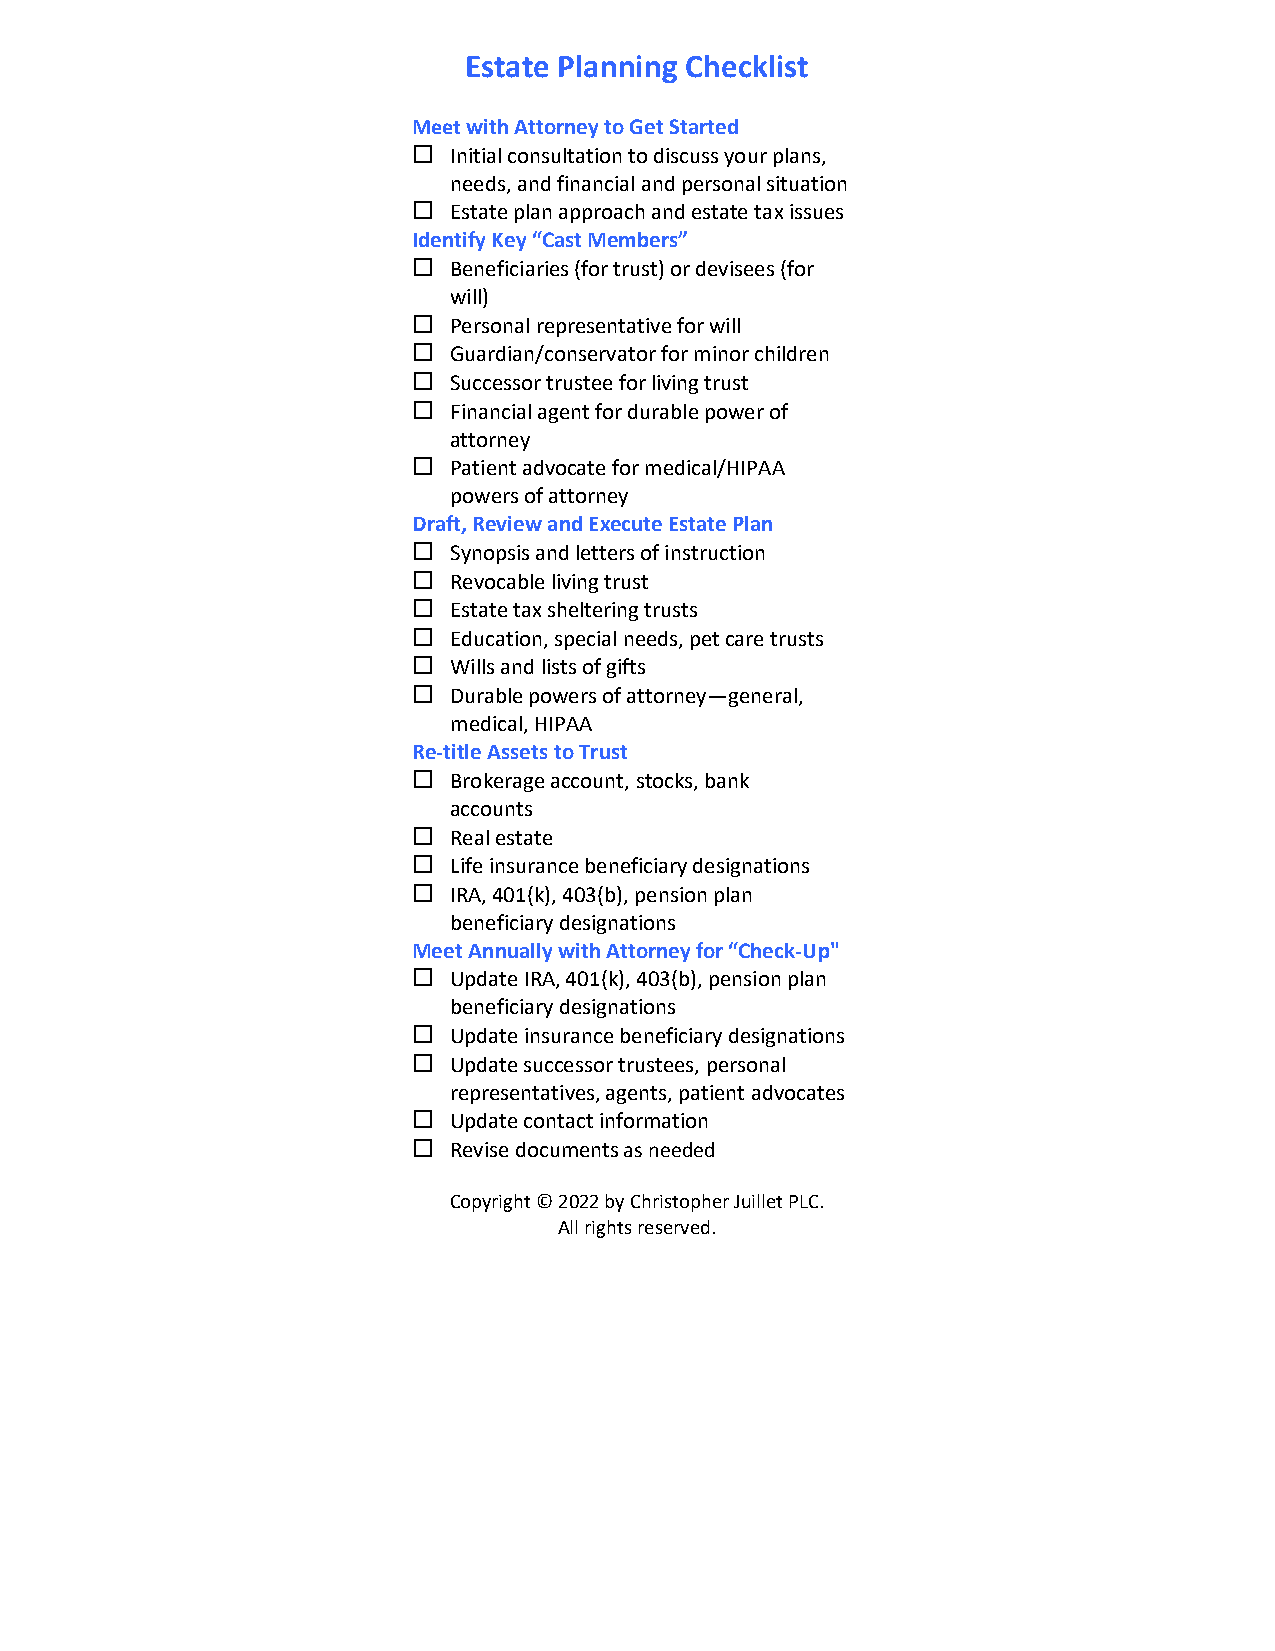
Estate Planning Checklist
 Meet with Attorney to Get Started
   Initial consultation to discuss your plans,
 needs, and financial and personal situation
   Estate plan approach and estate tax issues
 Identify Key “Cast Members”
   Beneficiaries (for trust) or devisees (for
 will)
   Personal representative for will
   Guardian/conservator for minor children
   Successor trustee for living trust
   Financial agent for durable power of
 attorney
   Patient advocate for medical/HIPAA
 powers of attorney
 Draft, Review and Execute Estate Plan
   Synopsis and letters of instruction
   Revocable living trust
   Estate tax sheltering trusts
   Education, special needs, pet care trusts
   Wills and lists of gifts
   Durable powers of attorney—general,
 medical, HIPAA
 Re-title Assets to Trust
   Brokerage account, stocks, bank
 accounts
   Real estate
   Life insurance beneficiary designations
   IRA, 401(k), 403(b), pension plan
 beneficiary designations
 Meet Annually with Attorney for “Check-Up"
   Update IRA, 401(k), 403(b), pension plan
 beneficiary designations
   Update insurance beneficiary designations
   Update successor trustees, personal
 representatives, agents, patient advocates
   Update contact information
   Revise documents as needed
 Copyright © 2022 by Christopher Juillet PLC.
 All rights reserved.